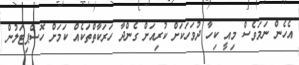
އެހެން ނަމަވެސް މިއީ ކިހާ ދުވަހަކަށް ކުރިއަށް ގެންދާ ހަރަކާތްތަކެއް ކަމަށް ހޮސްޕިޓަލުން